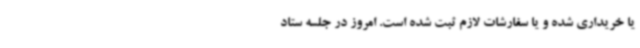
یا خریداری شده و یا سفارشات لازم ثبت شده است. امروز در جلسه ستاد